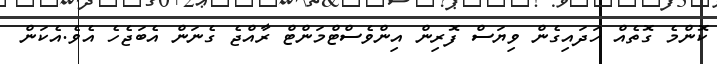
ކޮންމެ ގޮތެއް ހަދައިގެން ވިޔަސް ފޮރިން އިންވެސްޓްމަންޓް ރާއްޖެ ގެނަން އެބަޖެހެ އެވެ.އެކަން